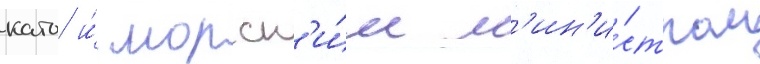
като и́ морск'и́м м'ин'и́стром